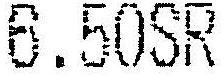
6.50SR